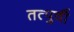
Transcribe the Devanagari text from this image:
तत्पुर्वी